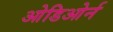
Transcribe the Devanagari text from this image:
ओडिओर्न